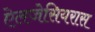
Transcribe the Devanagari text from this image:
ऐलजेसियरास